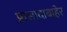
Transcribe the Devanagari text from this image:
प्रासादाबाहेर